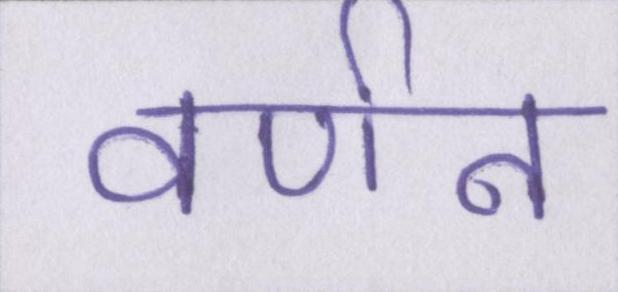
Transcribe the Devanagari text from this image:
वर्णन